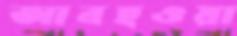
আবহওয়া